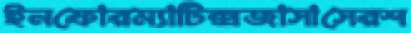
ইনফোরম্যাটিক্সজাসাসেরশ